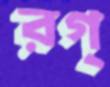
রগ্‌